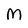
Character: M